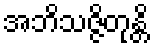
အဘိသဇ္ဇိတုန္တိ